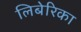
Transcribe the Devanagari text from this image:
लिबेरिका